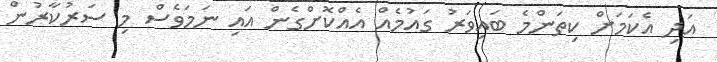
އަދި އެކަމަށް ކިތަންމެ ބައިވަރު ގައުމެއް އެއްކޮށްގެން އައި ނަމަވެސް މި ސަރުކާރުން